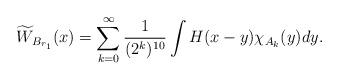
LaTeX: \begin{align*} \widetilde{W}_{B_{r_1}}(x)=\sum_{k=0}^\infty \frac{1}{(2^k)^{10}}\int H(x-y)\chi_{A_k}(y)dy. \end{align*}